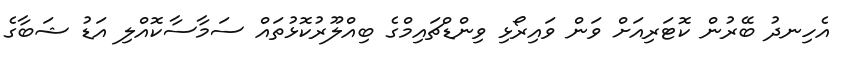
އެހިނދު ބޭރުން ކޮޓަރިއަށް ވަން ވައިރޯޅި ވިންޑްޗައިމްގެ ބިއްލޫރުކޮޅުތައް ސަމާސާކޮއްލި އަޑު ޝަބާގެ